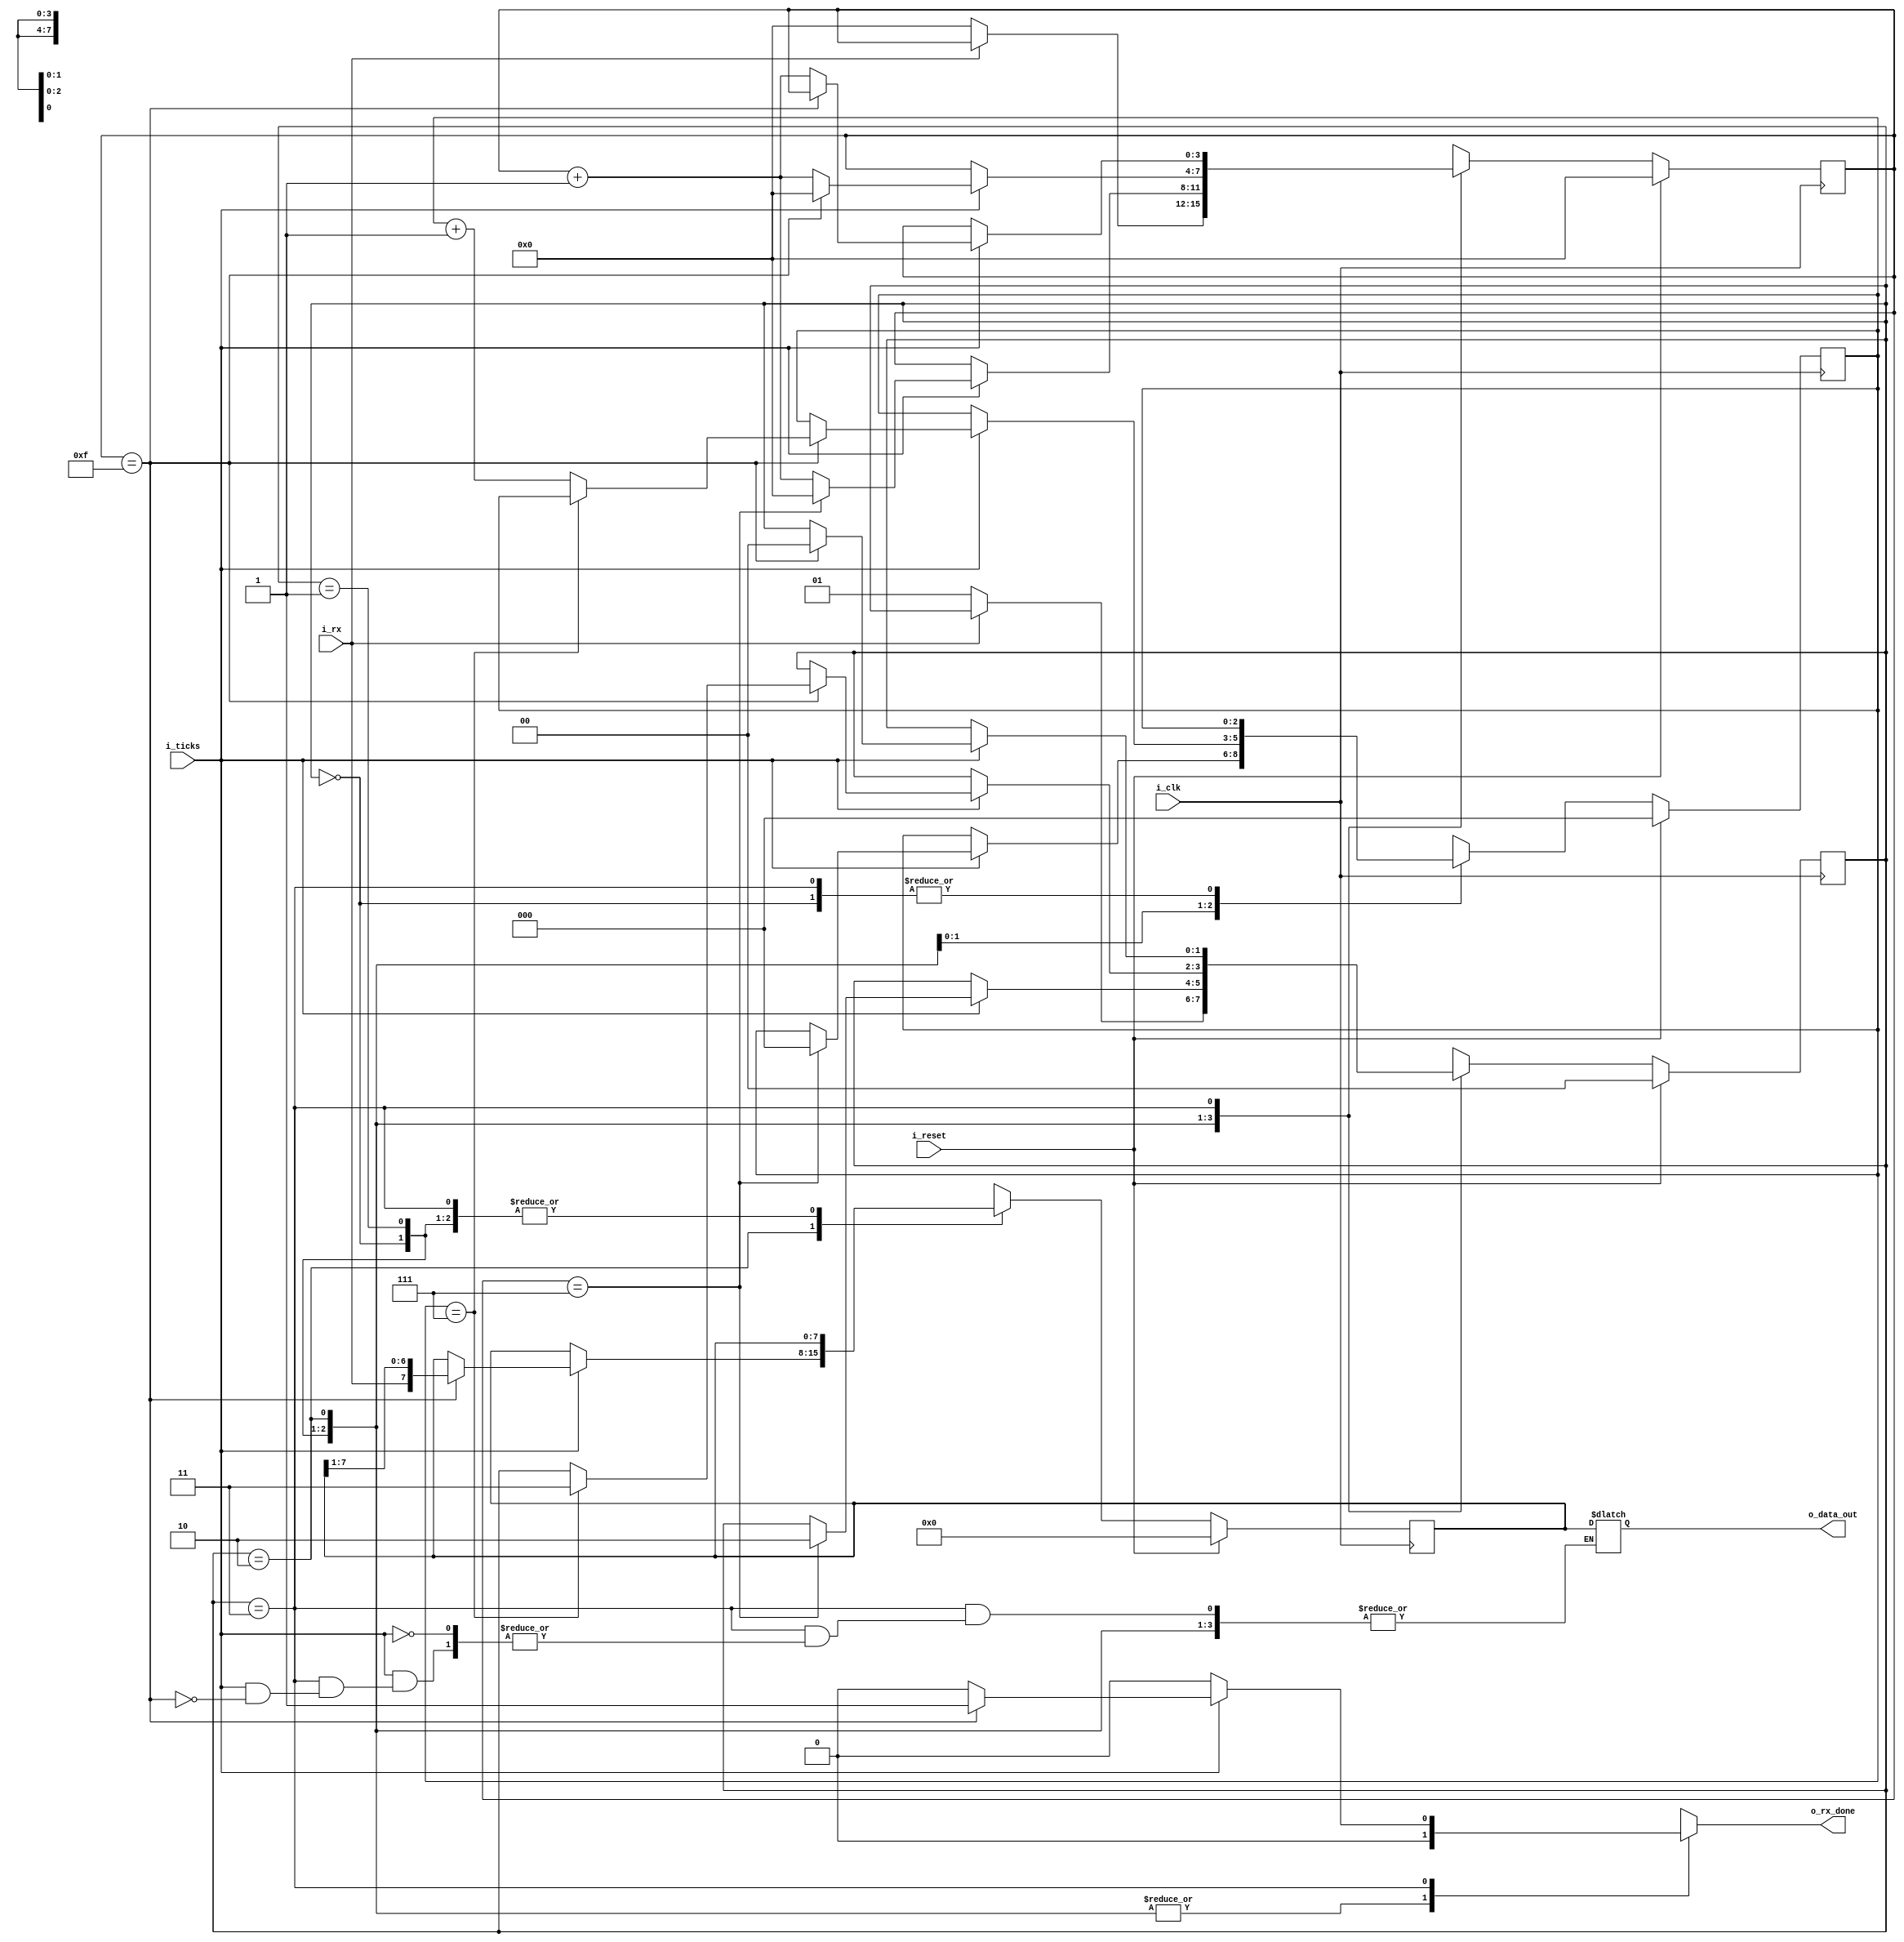
`timescale 1ns / 1ps

module rx_uart#
(
	parameter DATA_BITS = 8, 
	parameter N_TICKS	= 16 //Ticks para los bits de stop
)
(
	input  wire 				i_clk, i_reset,
	input  wire 				i_rx, i_ticks,
	output reg  				o_rx_done,
	output wire [DATA_BITS-1:0] o_data_out
);

	//declaracion de los estados
	localparam [1:0] IDLE  = 2'b00;
	localparam [1:0] START = 2'b01;
	localparam [1:0] DATA  = 2'b10;
	localparam [1:0] STOP  = 2'b11;

	//declaracion de variables
	//2 en funcion de los data bits: para contar la cantidad de bits
	//3 en funcion del n_ticks: 16n
	
	reg [1:0] 			state_reg, next_state;
	reg [2:0] 			bits_counter, next_bit_counter; //contador de los bits
	reg [3:0] 			sampling_counter, next_sampling_counter; //contador de ticks
	reg [DATA_BITS-1:0] buffer, next_buffer; //bits recibidos
    reg [DATA_BITS-1:0] data_out;
    
	//cambios de estado
	always @(posedge i_clk) begin:check_state
		if(i_reset)
			begin
				state_reg 		 <= IDLE;
				sampling_counter <= 0;
				bits_counter	 <= 0;
				buffer           <= 0;
			end
		else
			begin
				state_reg 		 <= next_state;
				sampling_counter <= next_sampling_counter;
				bits_counter	 <= next_bit_counter;
				buffer           <= next_buffer;
			end
	end//check_state

	//estados siguientes
	always @(*) begin:next
		next_state = state_reg;
		o_rx_done  = 1'b0;
		
		next_sampling_counter = sampling_counter;
		next_bit_counter	  = bits_counter;
		next_buffer		      = buffer;
		
		case(state_reg)
			IDLE:
			begin
				if(~i_rx)
				begin
					next_state = START;
					
					next_sampling_counter = 0;
				end
			end
			
			START:
			begin
				if(i_ticks)
				begin
					if(sampling_counter == 7)
					begin
						next_state = DATA;
						
						next_sampling_counter = 0;
						next_bit_counter	  = 0;
					end
					else 
						next_sampling_counter = sampling_counter + 1;
				end
			end
			
			DATA:
			begin
				if(i_ticks)
				begin
					if(sampling_counter == 15)
					begin
						next_sampling_counter = 0;
						next_buffer = {i_rx, buffer[7:1]};//orderna los bits recibidos
						
						if(next_bit_counter == (DATA_BITS-1))
							next_state = STOP;
						else
							next_bit_counter = bits_counter + 1;
					end
					else
						next_sampling_counter = sampling_counter + 1;
				end
			end
			
			STOP:
			begin
				if(i_ticks)
				begin
					if(sampling_counter == (N_TICKS-1))
					begin
						next_state = IDLE;
						o_rx_done  = 1'b1;
						data_out   = buffer;
					end
					else
						next_sampling_counter = sampling_counter + 1;
				end
			end
		endcase
	end

	//output
	assign o_data_out = data_out;

endmodule